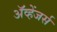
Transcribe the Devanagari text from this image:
ॲव्हेंजर्स